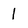
Character: 1